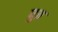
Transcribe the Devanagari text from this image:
पुठ